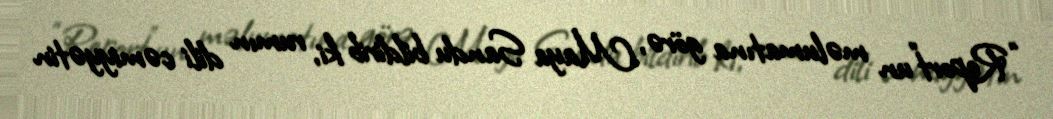
“Report”un məlumatına görə, Maya Sandu bildirib ki, rumın dili cəmiyyətin